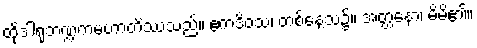
ထိုဒါရုဘဏ္ဍကမဟာတိဿသည်။ ဧကဒိဝသံ၊ တစ်နေ့သ၌။ အတ္တနော၊ မိမိ၏။